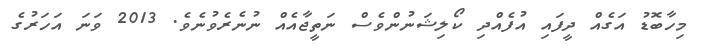
މިހާބޮޑު އަގެއް ދީފައި އުފެއްދި ކޯލިޝަނުންވެސް ނަތީޖާއެއް ނުނެރެވުނެވެ. 2013 ވަނަ އަހަރުގެ